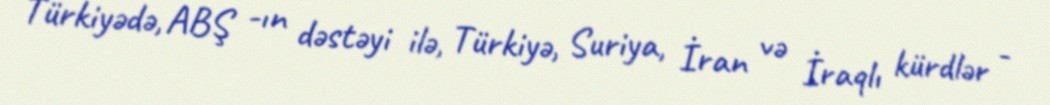
Türkiyədə, ABŞ -ın dəstəyi ilə, Türkiyə, Suriya, İran və İraqlı kürdlər -